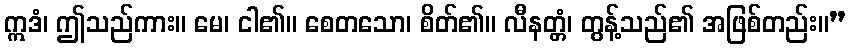
ဣဒံ၊ ဤသည်ကား။ မေ၊ ငါ၏။ စေတသော၊ စိတ်၏။ လီနတ္တံ၊ တွန့်သည်၏ အဖြစ်တည်း။”